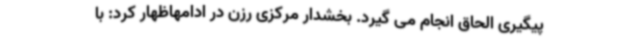
پیگیری الحاق انجام‌ می گیرد. بخشدار مرکزی رزن در ادامهاظهار کرد: با